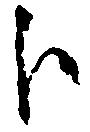
歩